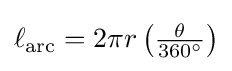
\textstyle \ell _{\text{arc}}=2\pi r\left({\tfrac {\theta }{360^{\circ }}}\right)